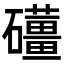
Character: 𥗪